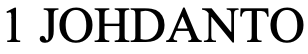
1 JOHDANTO